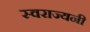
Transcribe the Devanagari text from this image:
स्वराज्यनी